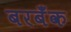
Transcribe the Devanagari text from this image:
बरबँक